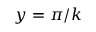
y = \pi / k